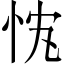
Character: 𢘚